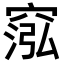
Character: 𥦷